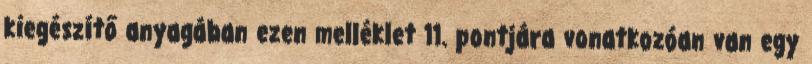
kiegészítő anyagában ezen melléklet 11. pontjára vonatkozóan van egy